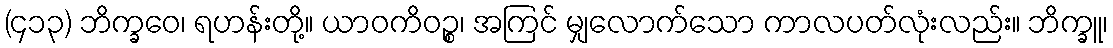
(၄၁၃) ဘိက္ခဝေ၊ ရဟန်းတို့။ ယာဝကိဝဉ္စ၊ အကြင် မျှလောက်သော ကာလပတ်လုံးလည်း။ ဘိက္ခူ၊